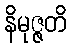
နိမုဇ္ဇတိ